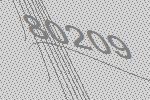
80209